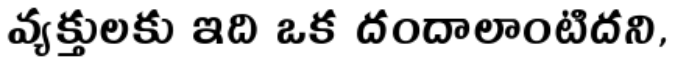
వ్యక్తులకు ఇది ఒక దందాలాంటిదని,